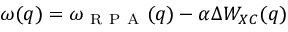
\omega ( q ) = \omega _ { \mathrm { ~ R ~ P ~ A ~ } } ( q ) - \alpha \Delta W _ { X C } ( q )